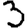
Digit: 3